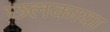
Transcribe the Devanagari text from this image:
छलकाया